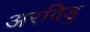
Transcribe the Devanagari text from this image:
अरविडु